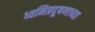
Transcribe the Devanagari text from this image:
ध्वनिप्रदूषणाच्या